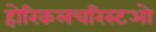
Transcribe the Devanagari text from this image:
होरिकलचरिस्टओ